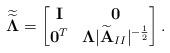
LaTeX: \begin{align*} \widetilde{\widetilde{\mathbf{\Lambda}}} = \begin{bmatrix} \mathbf{I} & \mathbf{0} \\ \mathbf{0}^T & \mathbf{\Lambda} |\widetilde {\mathbf A} _{II}|^{-\frac{1}{2}} \end{bmatrix}.\end{align*}